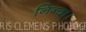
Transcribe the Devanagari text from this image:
निन्दा।